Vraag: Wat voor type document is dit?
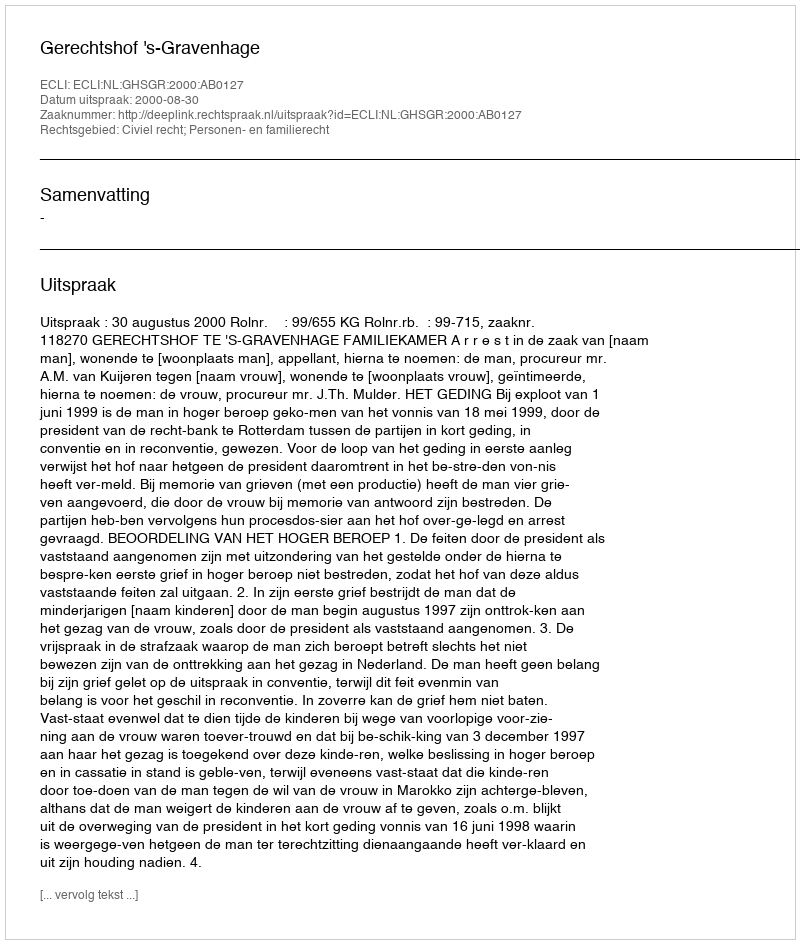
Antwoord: Uitspraak